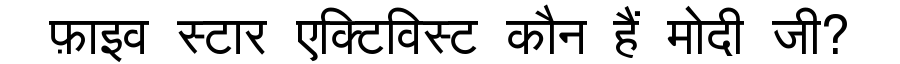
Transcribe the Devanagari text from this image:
फ़ाइव स्टार एक्टिविस्ट कौन हैं मोदी जी?